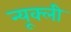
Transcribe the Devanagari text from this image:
न्यूक्ली